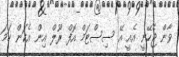
ވާން ޖެހޭނީ އެއީ އޭ ސިސްޓަމް އޮފް ރޫލް އިން އެކަން ހަމަ